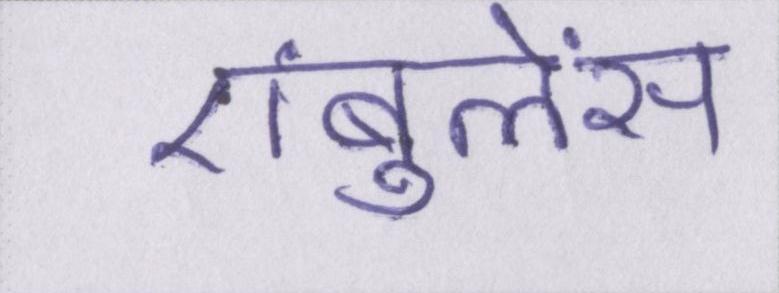
एंबुलेंस